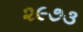
૨૯૭૩